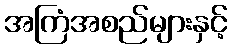
အကြံအစည်များနှင့်